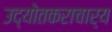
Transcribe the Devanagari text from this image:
उद्योतकराचार्य